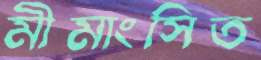
মীমাংসিত